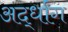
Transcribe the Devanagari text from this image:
अर्द्धांग